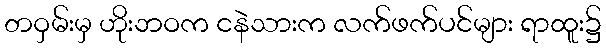
တဝှမ်းမှ ဟိုးဘဝက ငနဲသားက လက်ဖက်ပင်များ ရာထူး၌